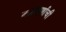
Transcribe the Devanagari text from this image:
काटेपूर्णाची